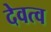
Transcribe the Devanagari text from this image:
देवत्‍व